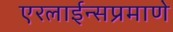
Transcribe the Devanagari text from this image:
एरलाईन्सप्रमाणे